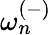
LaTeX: {\omega_{n}^{(-)}}